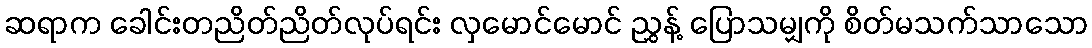
ဆရာက ခေါင်းတညိတ်ညိတ်လုပ်ရင်း လှမောင်မောင် ညွှန့် ပြောသမျှကို စိတ်မသက်သာသော